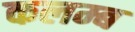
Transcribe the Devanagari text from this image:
कलम्ब